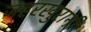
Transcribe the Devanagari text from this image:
जहरखुरानी